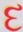
દ